Papers set at the Examination for Leaving Certificates, 1889
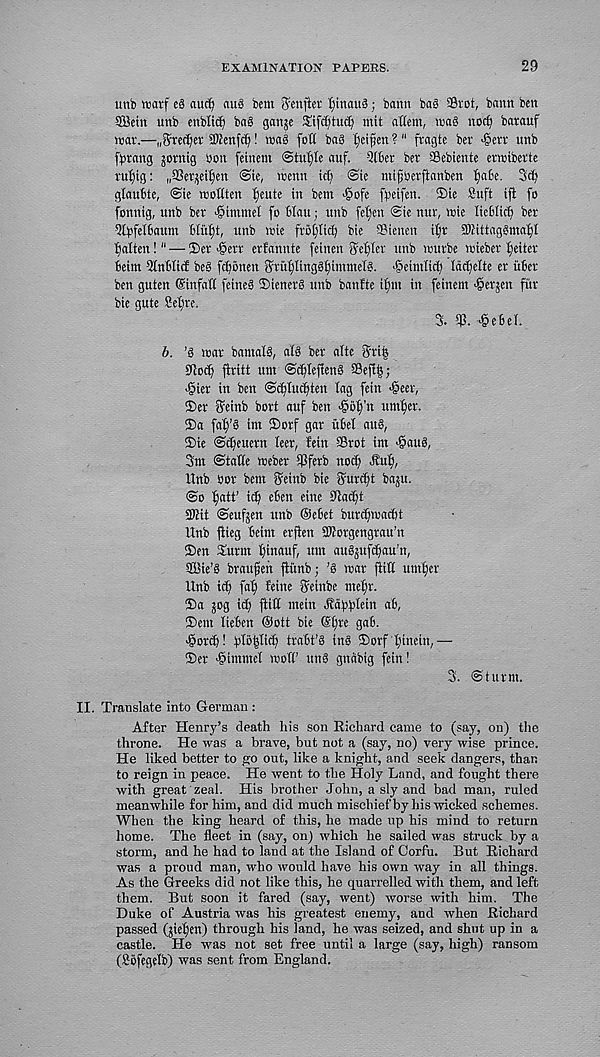
EXAMINATION PAPERS.
29
unb rcatf eg aucfy au§ bem Senftei - tjinaug; bann bag a3rot, bann ben
SBetn unb enbltc^ bag ganje Sifc^tuc^ wit attem, wag noefj barauf
wav.—„$red?ev aWenfc^! wag fotl bag ^ei^en ?" fvagte ber >§err unb
fbvang sornig non fetnem @tu^Ie auf. Qlber bev SBebiente evwiberte
vu^jig: „a3ev^ei^en <Sie, wenn id) @ie mtfberjianben ^a6e. 3d)
glaubte, <Sie wottten ^eute in bem >§ofe fbeifen. ®ie Sufi ifi fo
fonnig, unb ber •§immet fo 6Iau; unb feljen <sie nur, wie liebiic^ ber
2(bf®aum Btiifjt, unb wie frb[)Iicfj bie SBienen itjr SDiittaggmatjI
^alten! 11 — !Der >§err erfannte feinen ffefjter unb wurbe wieber fjeiter
6eim 2lri6Iicf beg fd)6nen ffru^linggijinnnelg. >@eimtid) Idd)elte er uber
ben guten Sinfati feineg iDienerg unb banfte if)in in feinem ^erjen fur
bie gute Seljre.
3. SP. £ebeL
b. ’§ war bantalg, alg ber alte Sri|
SPocp jlritt urn ©t^Iefieng ©efi|;
■§ier in ben <5d)Iucljten lag fein >@eer,
©er ^einb bort auf ben fooffn um^er.
©a faf)’g im ©orf gar ubet aug,
©ie ©djeuern leer, Jein SSrot int >@aug,
3nt @tat(e weber iPferb no^i ^up,
Unb bor bem Jfeinb bie ^ur^it baju.
@o ^att’ id) eben eine SPacpt
5Kit ©eufjen unb ©ebet burdjwacbt
Unb jlieg beim erjben 5)?orgengrau’n
©en ©urm pinauf, urn augjufdjau’n,
SBie’g braufen fiiinb; 'g war ^iti umijer
Unb i<b fal) beine ffetnbe rnepr.
©a jog id) flttC mein dbdbbifin ab,
©em lieben ©ott bie ©i)re gab.
■gorcb! b®|Iicb trabt’g ing ©orf tjinein,—
©er >§immel woft’ ung gnabig fein!
3. ©turm.
II. Translate into German :
After Henry’s death his son Richard came to (say, on) the
throne. He was a brave, but not a (say, no) very wise prince.
He liked better to go out, like a knight, and seek dangers, than
to reign in peace. He went to the Holy Land, and fought there
with great zeal. His brother John, a sly and bad man, ruled
meanwhile for him, and did much mischief by his wicked schemes.
When the king heard of this, he made up his mind to return
home. The fleet in (say, on) which he sailed was struck by a
storm, and he had to land at the Island of Corfu. But Richard
was a proud man, who would have his own way in all things.
As the Greeks did not like this, he quarrelled with them, and left
them. But soon it fared (say, went) worse with him. The
Duke of Austria was his greatest enemy, and when Richard
passed (jtepen) through his land, he was seized, and shut up in a
castle. He was not set free until a large (say, high) ransom
(Sbfegtlb) was sent from England.